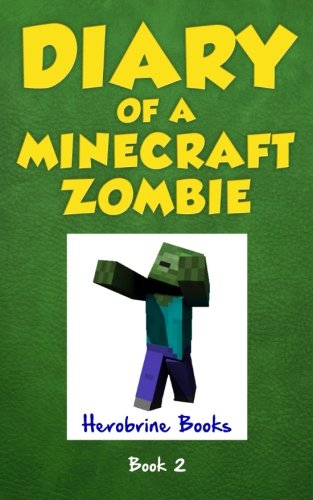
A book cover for Diary of a Minecraft Zombie Book 2: Bullies and Buddies (Volume 2); Herobrine Books; Children's Books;